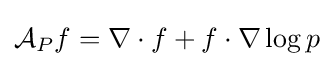
{\mathcal {A}}_{P}f=\nabla \cdot f+f\cdot \nabla \log p